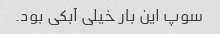
سوپ این بار خیلی آبکی بود.